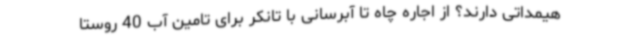
هیمداتی دارند؟ از اجاره چاه تا آبرسانی با تانکر برای تامین آب 40 روستا